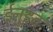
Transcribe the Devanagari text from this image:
ईनुइट